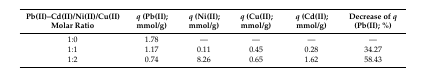
| Pb(II)–Cd(II)/Ni(II)/Cu(II) Molar Ratio | q (Pb(II); mmol/g) | q (Ni(II); mmol/g) | q (Cu(II); mmol/g) | q (Cd(II); mmol/g) | Decrease of q (Pb(II); %) |
 | --- | --- | --- | --- | --- | --- |
 | 1:0 | 1.78 | — | — | — | — |
 | 1:1 | 1.17 | 0.11 | 0.45 | 0.28 | 34.27 |
 | 1:2 | 0.74 | 8.26 | 0.65 | 1.62 | 58.43 |